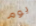
يوم